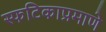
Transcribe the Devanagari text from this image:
स्फटिकाप्रमाणे